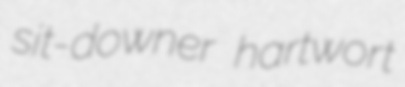
sit-downer hartwort